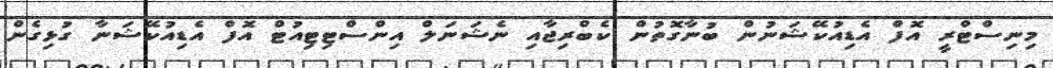
މިނިސްޓްރީ އޮފް އެޑިއުކޭޝަނުން ބުނާގޮތުން ކެބްރިޖާއި ނެޝަނަލް އިންސްޓިޓިއުޓް އޮފް އެޑިއުކޭޝަނާ ގުޅިގެން